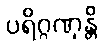
ပရိဂ္ဂဏှန္တိ